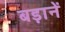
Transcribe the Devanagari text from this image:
बड़ानें